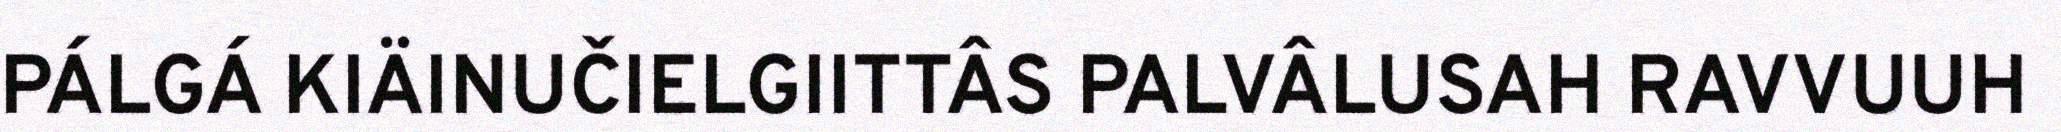
PÁLGÁ KIÄINUČIELGIITTÂS PALVÂLUSAH RAVVUUH